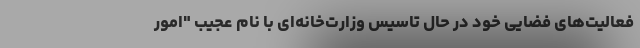
فعالیت‌های فضایی خود در حال تاسیس وزارت‌خانه‌ای با نام عجیب "امور